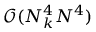
\mathcal { O } ( N _ { k } ^ { 4 } N ^ { 4 } )